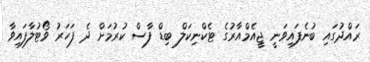
ރައްދުގައި ބުނެފައިވަނީ ޖީއެމްއާރުގެ ޓެކްނިކަލް ބިޑް ފާސް ކުރުމަށް ދެ ފަހަރު ވޯޓުލާފައިވާ